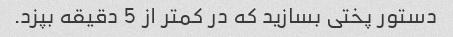
دستور پختی بسازید که در کمتر از 5 دقیقه بپزد.